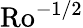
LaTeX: \mathrm{Ro}^{-1/2}